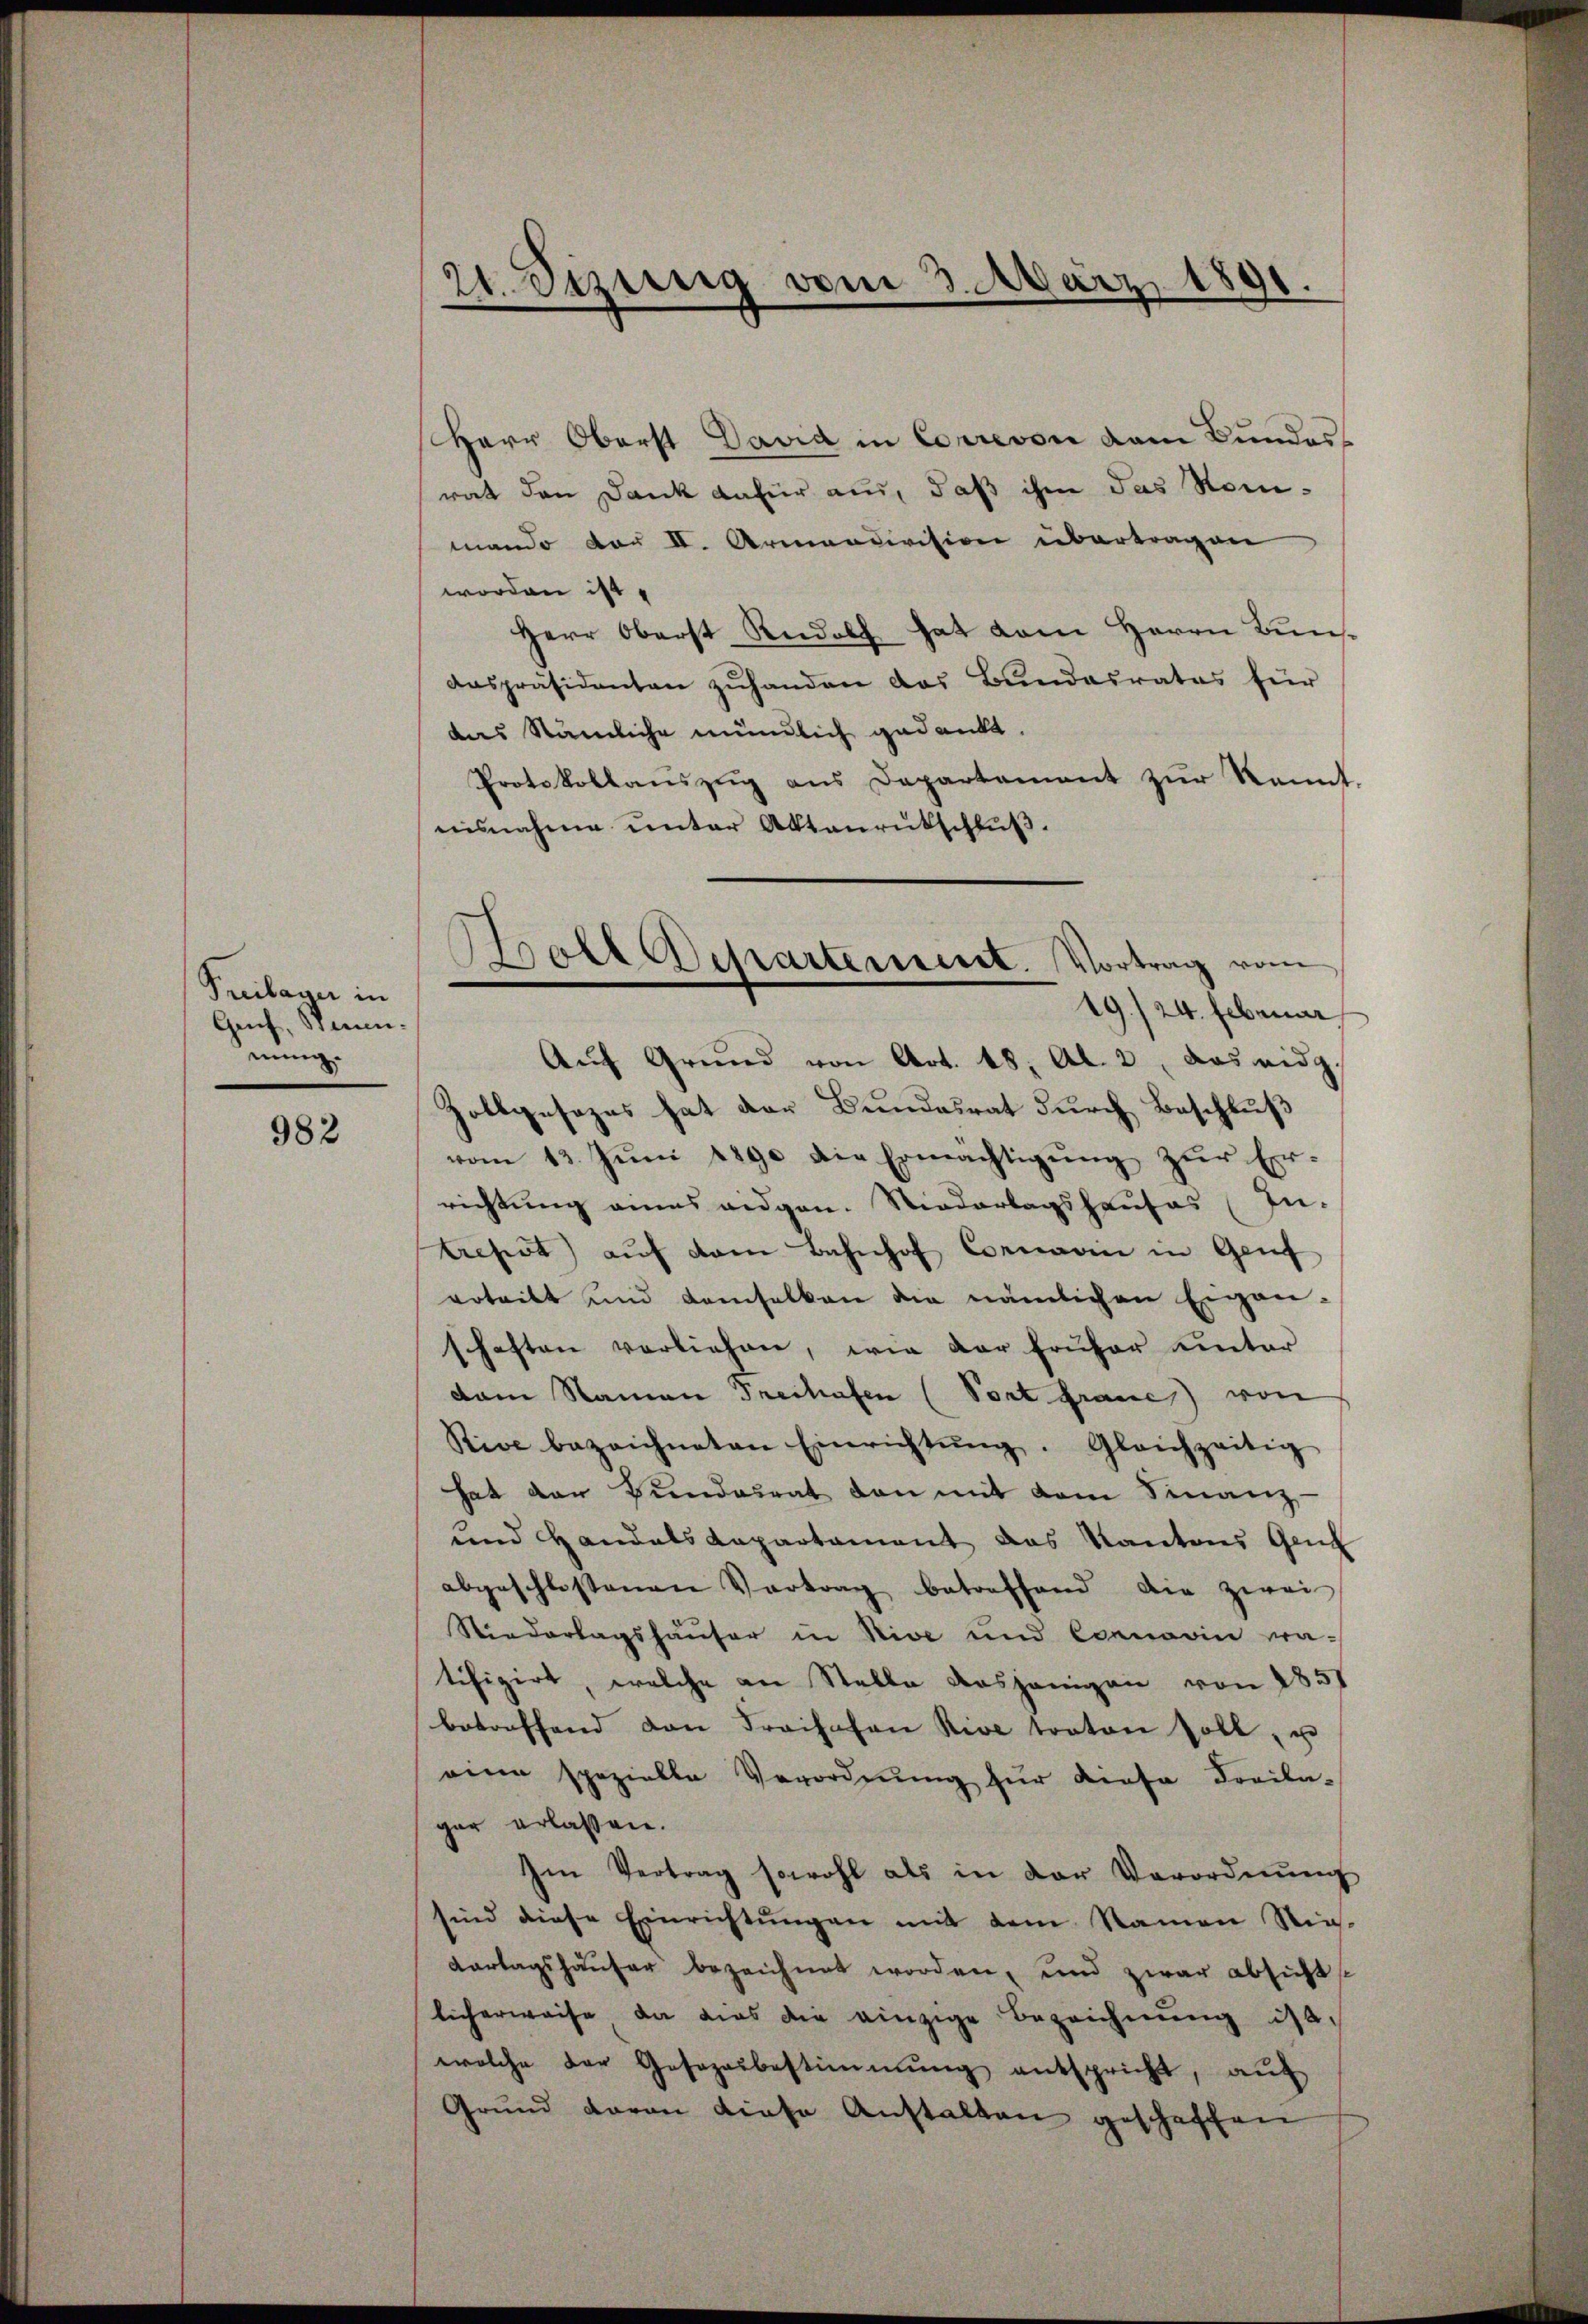
Freilager in
Genf, Sanen.
nung.

982

21. etzung vom 3. März 1891.

Herr Oberst David in Correvon dem Bundes-
rat den Dank dafür aus, daß ihm das Nomimando der II. Armandivision übertragen
worden ist,
Herr Oberst Rudolf hat vom Herrn Bunsanspräsidenten zŭhanden das Bundesrates für
das Nämliche mündlich gedankt.
Protokollanszug aus Departement zŭr kannt.
nisnahme ŭnter Aktenrütschlŭβ.
Zollgesezes hat der Bundesrat durch Beschluß
vom 13. Jŭni 1890 die Ermächtigŭng zŭr Er-
richtung eines eidgen. Niederlagshauses (In-
lieherst auf dem Bahnhof Cornarii in Genf
erteilt und demselben die nämlichen Eigen-
schaften vorliehen, wie der früher unter
dam Namen Freihafen (Post graue) von
Rive bezeichneten Einrichtŭng. Gleichzeitig
hat der Fundesrat den mit dem Finanz-
und Handals Repartament das Kantons Gen
abgeschlossenen Vertrag betreffend die zwei
Stiederlagshäuser in Nive und Cornarin wa-
tifizirt, welche an Stelle dasjenigen von 1851
betreffend von Freihafen Rive traten soll, u
eine spezielle Verordnŭng für diese Freila-
gar erlassen.
Im Vertrag sowohl als in der Verordnŭng
sind diese Einrichtungen mit dem Namen Nie-
tartagshäuser bezeichnet worden, und zwar absichts
licherweise, da dies die einzige Bezeichnŭng ist,
welche der Gesezesbestimmung entspricht, aŭf
Grŭnd daran diese Anstalten geschaffen

Boll Departement. Vortrag vom
19./24. Februar
Aŭf Grŭnd von Art. 18. Al. 2, das eidg.